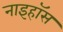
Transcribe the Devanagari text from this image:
नाइहॉस